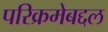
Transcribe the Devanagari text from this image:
परिक्रमेबद्दल